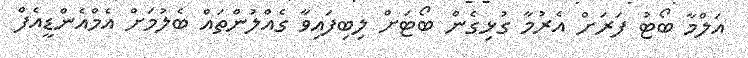
އަލްމާ ބޯޓު ފަރަށް އެރުމާ ގުޅިގެން ބޯޓަށް ލިބިފައިވާ ގެއްލުންތައް ބެލުމަށް އެމްއެންޑީއެފް